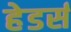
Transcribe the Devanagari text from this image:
हेडर्स